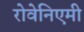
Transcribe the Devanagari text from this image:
रोवेनिएमी